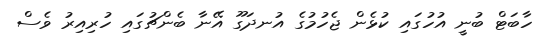
ހާބަޓް ބުނީ އުހުގައި ކުޅެން ޖެހުމުގެ އުނދަގޫ އޭނާ ބެންޗުގައި ހުރިއިރު ވެސް